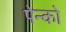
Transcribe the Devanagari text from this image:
पेन्को